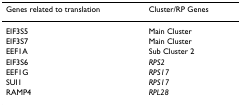
<table><thead><tr><td><b>Genes related to translation</b></td><td><b>Cluster/RP Genes</b></td></tr></thead><tbody><tr><td>EIF3S5</td><td>Main Cluster</td></tr><tr><td>EIF3S7</td><td>Main Cluster</td></tr><tr><td>EEF1A</td><td>Sub Cluster 2</td></tr><tr><td>EIF3S6</td><td><i>RPS2</i></td></tr><tr><td>EEF1G</td><td><i>RPS17</i></td></tr><tr><td>SUI1</td><td><i>RPS17</i></td></tr><tr><td>RAMP4</td><td><i>RPL28</i></td></tr></tbody></table>